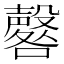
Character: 𱕞